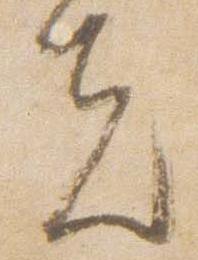
夫